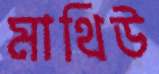
মাথিউ